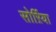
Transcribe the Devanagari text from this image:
सोर्ऱिया